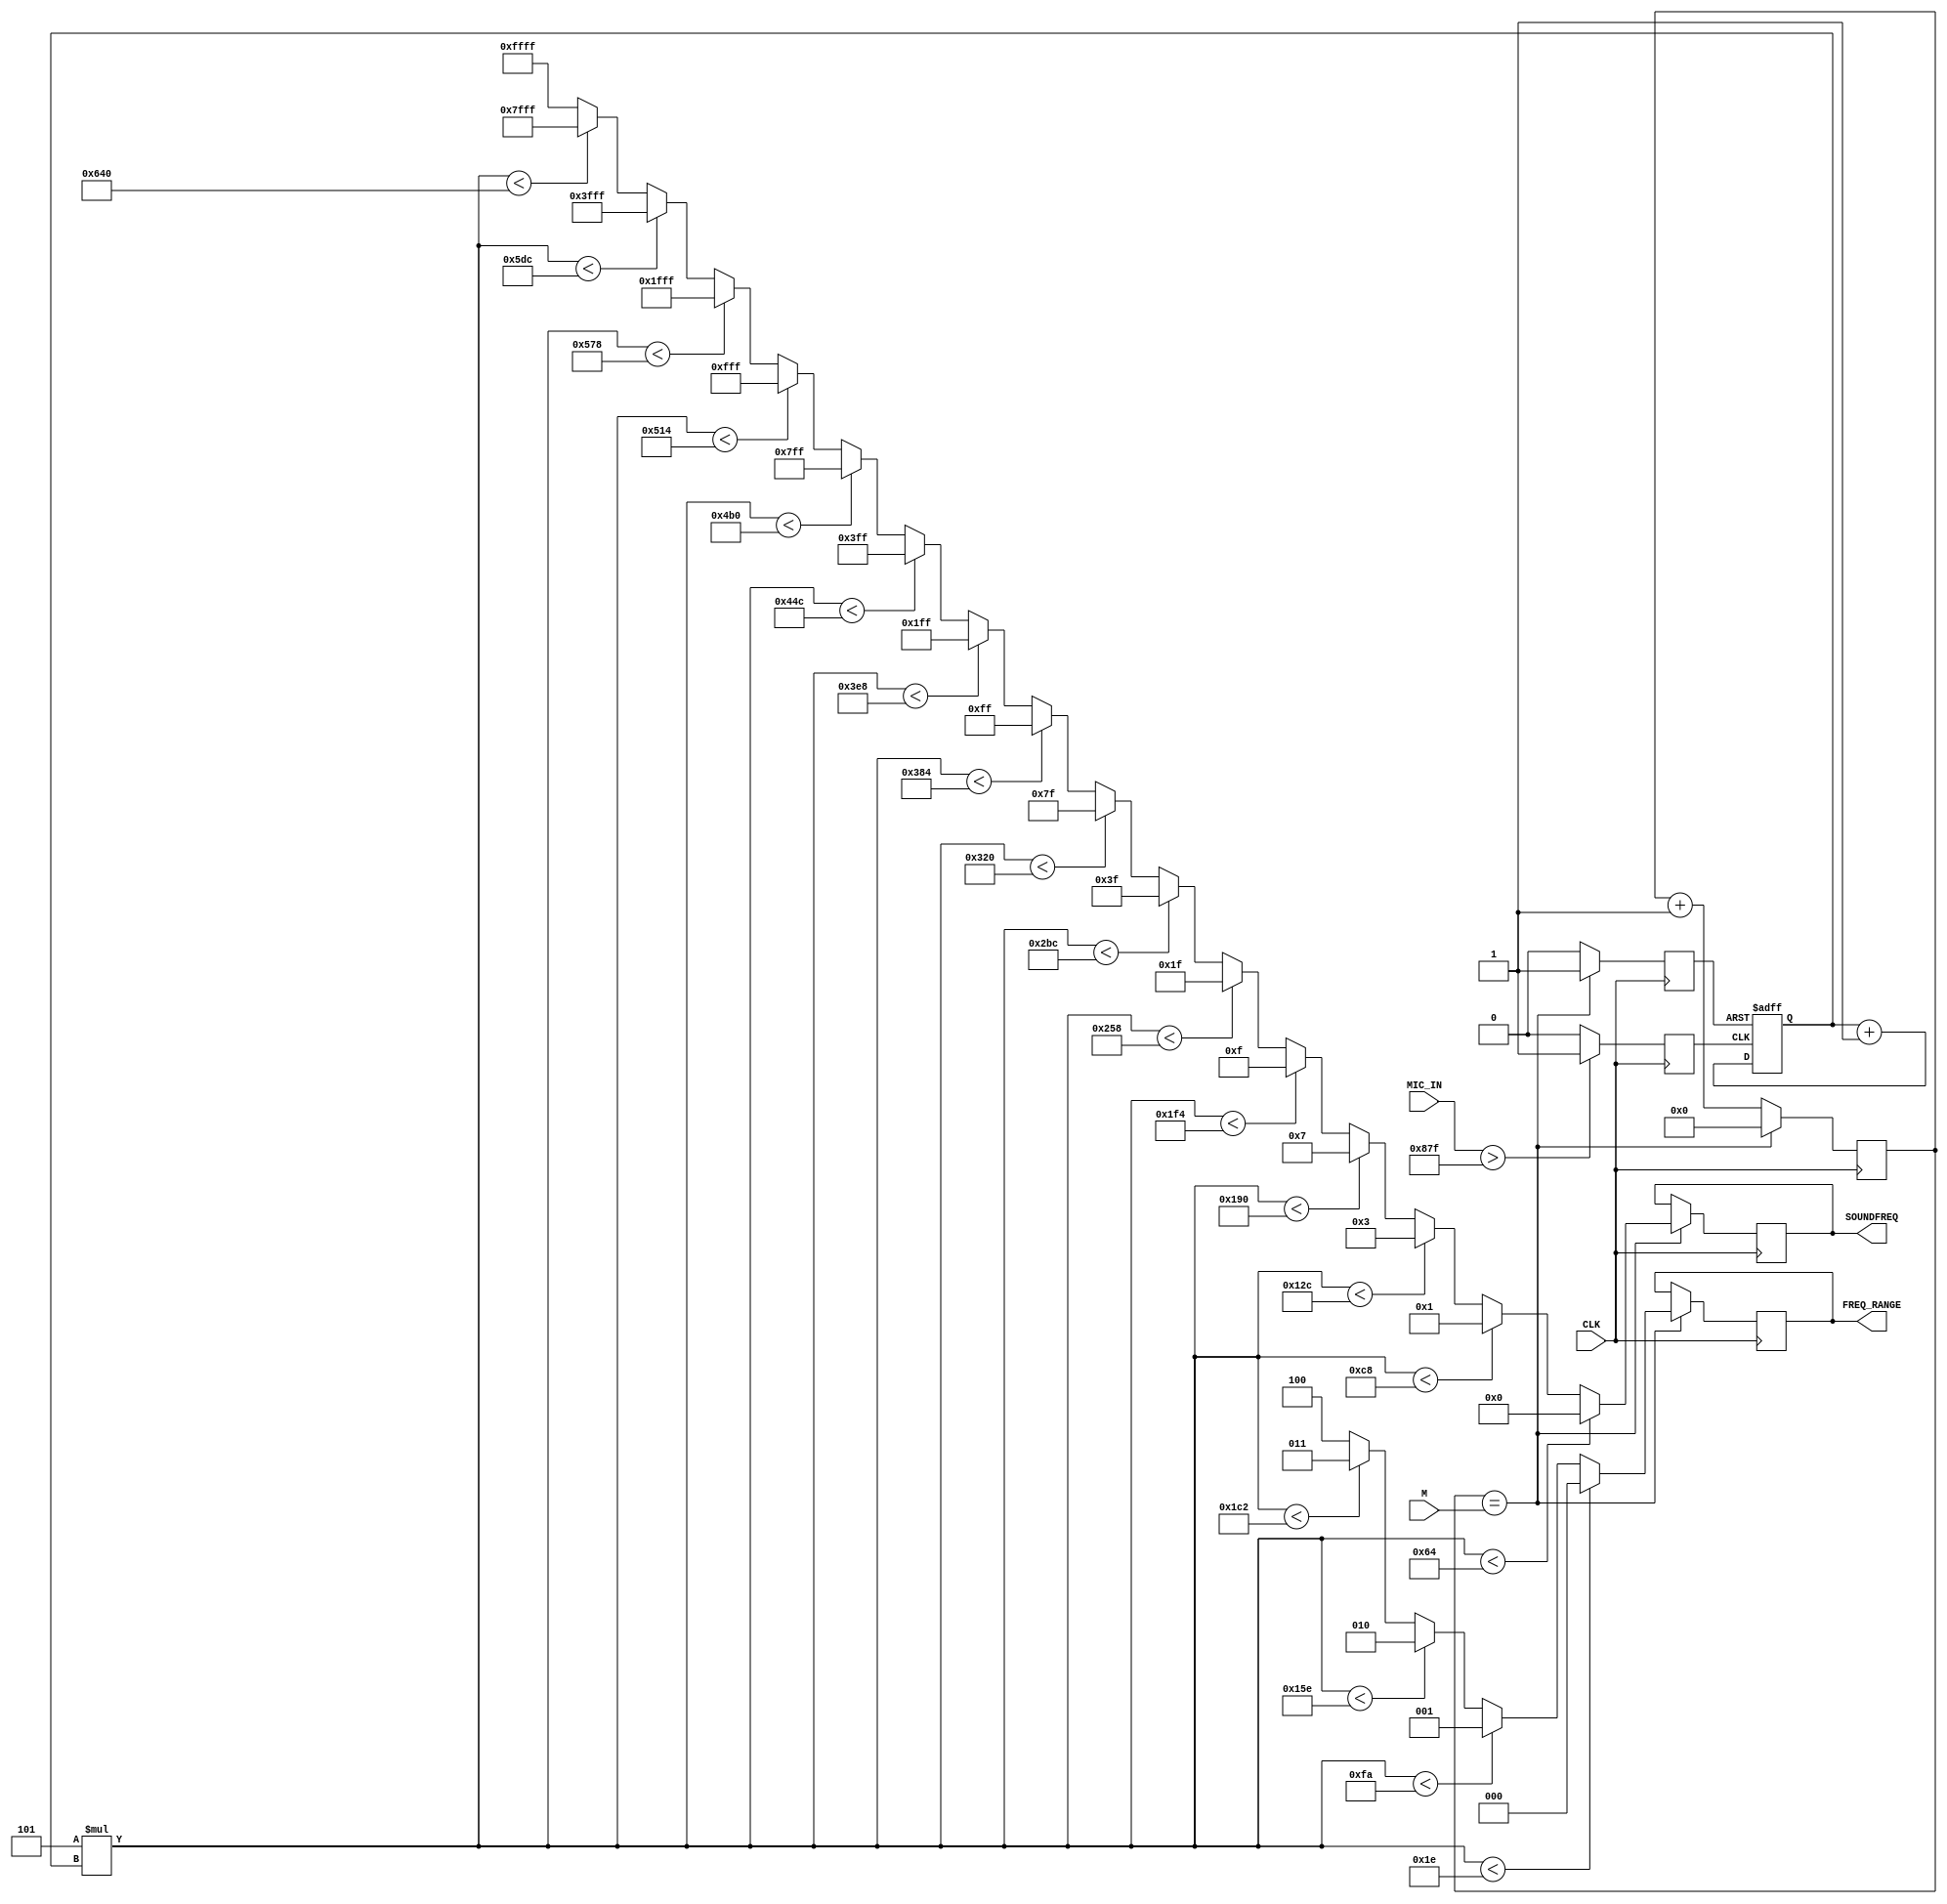
`timescale 1ns / 1ps

module sound_freq(input CLK, input [11:0] MIC_IN, output reg [15:0] SOUNDFREQ = 0,
    input [31:0] M, output reg [2:0] FREQ_RANGE = 0);

    reg [31:0] COUNTER = 0;
    reg SOUNDPERIOD = 0;
    reg [12:0] SOUNDCOUNTER = 0;
    reg [31:0] FREQ = 0;
    reg SOUNDRESET = 0;
    

    always @ (posedge CLK) 
    begin
        COUNTER <= COUNTER +1;
        
        SOUNDRESET = 0;
        
        if(MIC_IN > 2175)
            SOUNDPERIOD <= 1;
        else
            SOUNDPERIOD <= 0;
       
        if(COUNTER == M)
        begin
            COUNTER <= 0;
            FREQ = 5 * SOUNDCOUNTER;
            FREQ_RANGE = FREQ < 30 ? 0 : FREQ < 250 ? 1 : FREQ < 350 ? 2 : FREQ < 450 ? 3 : 4;
            SOUNDRESET = 1;
            
            if      (FREQ < 100)  SOUNDFREQ = 16'b0;
            else if (FREQ < 200)  SOUNDFREQ = 16'b1;
            else if (FREQ < 300)  SOUNDFREQ = 16'b11;
            else if (FREQ < 400)  SOUNDFREQ = 16'b111;
            else if (FREQ < 500)  SOUNDFREQ = 16'b1111;
            else if (FREQ < 600)  SOUNDFREQ = 16'b11111;
            else if (FREQ < 700)  SOUNDFREQ = 16'b111111;
            else if (FREQ < 800)  SOUNDFREQ = 16'b1111111;
            else if (FREQ < 900)  SOUNDFREQ = 16'b11111111;
            else if (FREQ < 1000) SOUNDFREQ = 16'b111111111;
            else if (FREQ < 1100) SOUNDFREQ = 16'b1111111111;
            else if (FREQ < 1200) SOUNDFREQ = 16'b11111111111;
            else if (FREQ < 1300) SOUNDFREQ = 16'b111111111111;
            else if (FREQ < 1400) SOUNDFREQ = 16'b1111111111111;
            else if (FREQ < 1500) SOUNDFREQ = 16'b11111111111111;
            else if (FREQ < 1600) SOUNDFREQ = 16'b111111111111111;
            else                  SOUNDFREQ = 16'b1111111111111111;

        end
        


    end
    
    always @ (posedge SOUNDPERIOD, posedge SOUNDRESET)
    begin
        if (SOUNDRESET == 1)
            SOUNDCOUNTER <= 0;
        else 
            SOUNDCOUNTER <= SOUNDCOUNTER + 1;
    end

endmodule